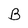
Character: B